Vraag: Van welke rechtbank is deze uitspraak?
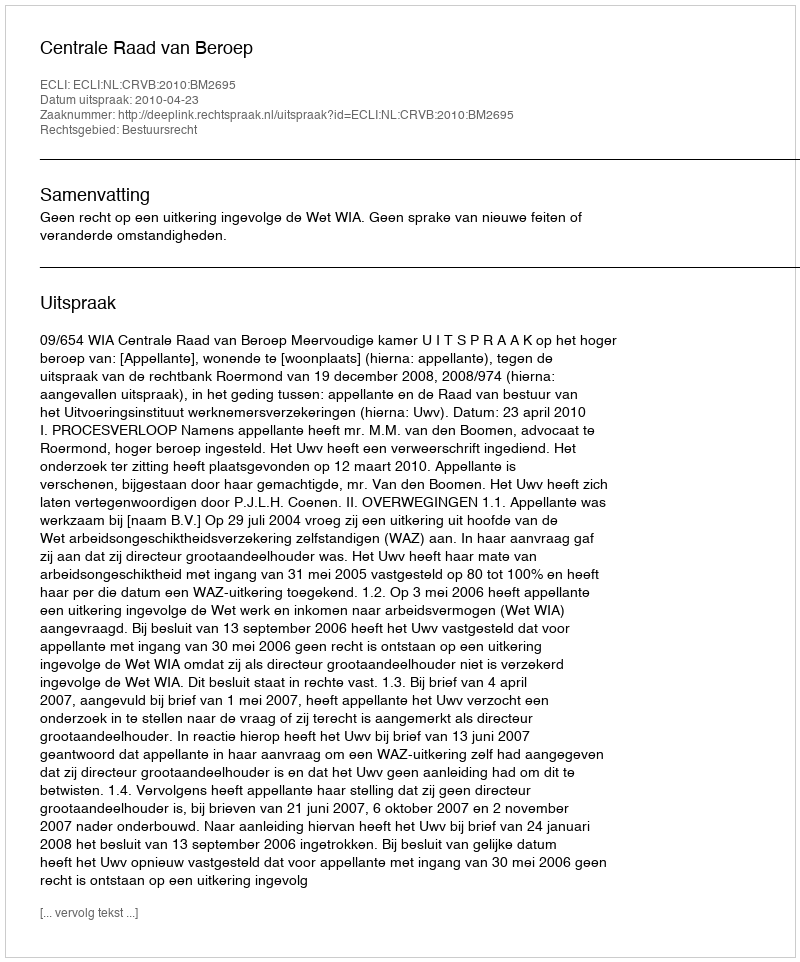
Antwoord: Centrale Raad van Beroep